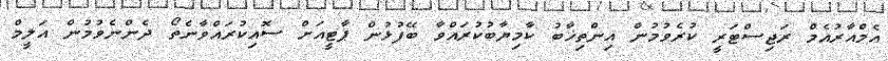
އެމްއާރުއެމް ރަޖިސްޓަރީ ކުރެވުމުން އިންތިޚާބު ކާމިޔާބުކުރައްވާ ބޭފުޅުން ޕާޓީއަށް ސޮއިކުރައްވާނެތޯ ދެންނެވުމުން އަލީމް